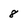
Character: 8